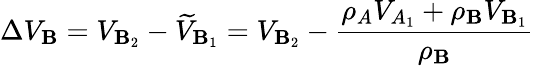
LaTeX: \Delta{V}_{\mathbf{B}}=V_{\mathbf{B}_{2}}-\widetilde{{V}}_{\mathbf{B}_{1}}=V_{\mathbf{B}_{2}}-{\frac{{\rho_{A}{V}_{A_{1}}+\rho_{\mathbf{B}}{V}_{\mathbf{B}_{1}}}}{{\rho_{\mathbf{B}}}}}